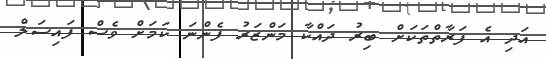
އަދި އެ ފަރާތްތަކަށް ބިރު ދައްކާ މަންޒަރު ފެންނަ ކަމަށް ވެސް ފައިސަލް